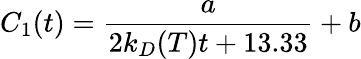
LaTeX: C_{1}(t)=\frac{a}{2k_{D}(T)t+13.33}+b